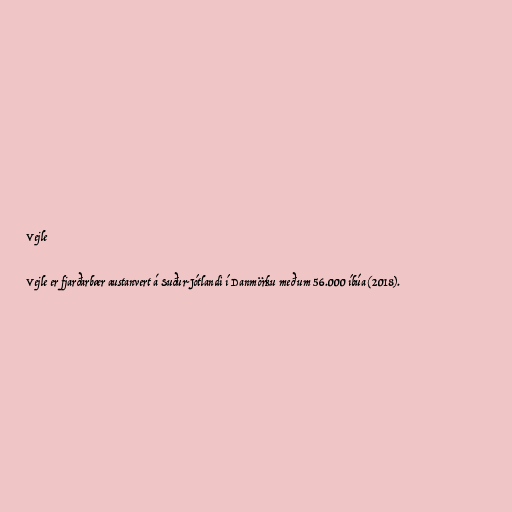
Vejle

Vejle er fjarðarbær austanvert á Suður-Jótlandi í Danmörku með um 56.000 íbúa (2018).